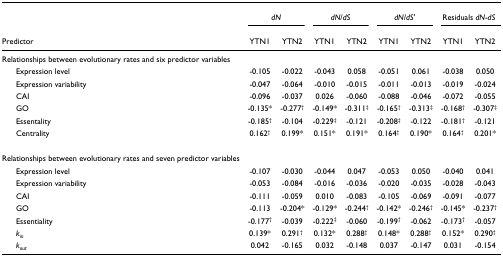
<table><thead><tr><td></td><td colspan="2"><b><i>dN</i></b></td><td colspan="2"><b><i>dN</i>/<i>dS</i></b></td><td colspan="2"><b><i>dN</i>/<i>dS&#x27;</i></b></td><td colspan="2"><b>Residuals <i>dN</i>-<i>dS</i></b></td></tr><tr><td><b>Predictor</b></td><td><b>YTN1</b></td><td><b>YTN2</b></td><td><b>YTN1</b></td><td><b>YTN2</b></td><td><b>YTN1</b></td><td><b>YTN2</b></td><td><b>YTN1</b></td><td><b>YTN2</b></td></tr></thead><tbody><tr><td>Relationships between evolutionary rates and six predictor variables</td><td></td><td></td><td></td><td></td><td></td><td></td><td></td><td></td></tr><tr><td> Expression level</td><td>-0.105</td><td>-0.022</td><td>-0.043</td><td>0.058</td><td>-0.051</td><td>0.061</td><td>-0.038</td><td>0.050</td></tr><tr><td> Expression variability</td><td>-0.047</td><td>-0.064</td><td>-0.010</td><td>-0.015</td><td>-0.011</td><td>-0.013</td><td>-0.019</td><td>-0.024</td></tr><tr><td> CAI</td><td>-0.096</td><td>-0.037</td><td>0.026</td><td>-0.060</td><td>-0.088</td><td>-0.046</td><td>-0.072</td><td>-0.055</td></tr><tr><td> GO</td><td>-0.135*</td><td>-0.277<sup>†</sup></td><td>-0.149*</td><td>-0.311<sup>‡</sup></td><td>-0.165<sup>†</sup></td><td>-0.313<sup>‡</sup></td><td>-0.168<sup>†</sup></td><td>-0.307<sup>‡</sup></td></tr><tr><td> Essentality</td><td>-0.185<sup>†</sup></td><td>-0.104</td><td>-0.229<sup>‡</sup></td><td>-0.121</td><td>-0.208<sup>‡</sup></td><td>-0.122</td><td>-0.181<sup>†</sup></td><td>-0.121</td></tr><tr><td> Centrality</td><td>0.162<sup>†</sup></td><td>0.199*</td><td>0.151*</td><td>0.191*</td><td>0.164<sup>†</sup></td><td>0.190*</td><td>0.164<sup>†</sup></td><td>0.201*</td></tr><tr><td>Relationships between evolutionary rates and seven predictor variables</td><td></td><td></td><td></td><td></td><td></td><td></td><td></td><td></td></tr><tr><td> Expression level</td><td>-0.107</td><td>-0.030</td><td>-0.044</td><td>0.047</td><td>-0.053</td><td>0.050</td><td>-0.040</td><td>0.041</td></tr><tr><td> Expression variability</td><td>-0.053</td><td>-0.084</td><td>-0.016</td><td>-0.036</td><td>-0.020</td><td>-0.035</td><td>-0.028</td><td>-0.043</td></tr><tr><td> CAI</td><td>-0.111</td><td>-0.059</td><td>0.010</td><td>-0.083</td><td>-0.105</td><td>-0.069</td><td>-0.091</td><td>-0.077</td></tr><tr><td> GO</td><td>-0.113</td><td>-0.204*</td><td>-0.129*</td><td>-0.244<sup>†</sup></td><td>-0.142*</td><td>-0.246<sup>†</sup></td><td>-0.145*</td><td>-0.237<sup>†</sup></td></tr><tr><td> Essentiality</td><td>-0.177<sup>†</sup></td><td>-0.039</td><td>-0.222<sup>‡</sup></td><td>-0.060</td><td>-0.199<sup>†</sup></td><td>-0.062</td><td>-0.173<sup>†</sup></td><td>-0.057</td></tr><tr><td> <i>k</i><sub><i>in</i></sub></td><td>0.139*</td><td>0.291<sup>†</sup></td><td>0.132*</td><td>0.288<sup>†</sup></td><td>0.148*</td><td>0.288<sup>†</sup></td><td>0.152*</td><td>0.290<sup>†</sup></td></tr><tr><td> <i>k</i><sub><i>out</i></sub></td><td>0.042</td><td>-0.165</td><td>0.032</td><td>-0.148</td><td>0.037</td><td>-0.147</td><td>0.031</td><td>-0.154</td></tr></tbody></table>